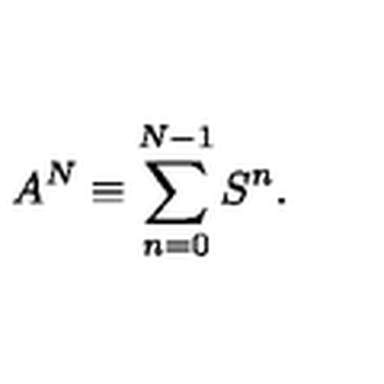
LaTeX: A ^ { N } \equiv \sum _ { n = 0 } ^ { N - 1 } S ^ { n } .